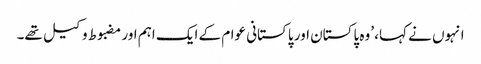
انہوں نے کہا، ’وہ پاکستان اور پاکستانی عوام کے ایک اہم اور مضبوط وکیل تھے۔